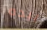
بيده